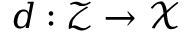
d : \mathcal { Z } \to \mathcal { X }